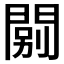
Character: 𨴾